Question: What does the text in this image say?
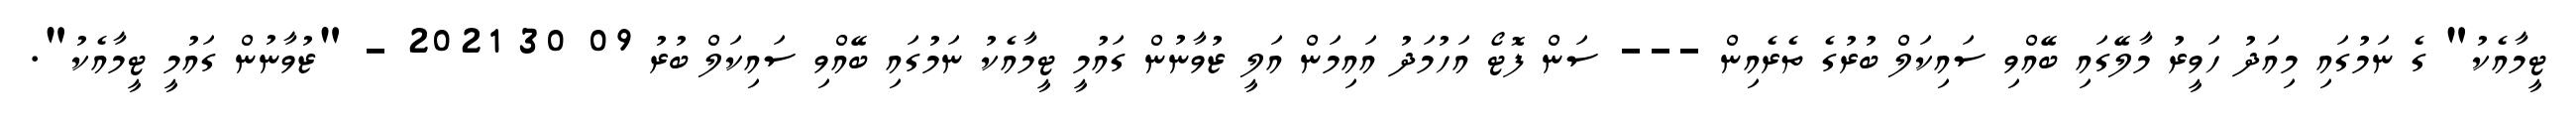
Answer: ޓީމާއެކު" ގެ ނަމުގައި މިއަދު ހަވީރު މާލޭގައި ބޭއްވި ސައިކަލް ބުރުގެ ތެރެއިން --- ސަން ފޮޓޯ އަހުމަދު އައިމަން އަލީ ޒުވާނުން ގައުމީ ޓީމާއެކު ނަމުގައި ބޭއްވި ސައިކަލް ބުރު 09 30 2021 - "ޒުވާނުން ގައުމީ ޓީމާއެކު".